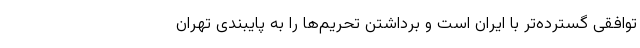
توافقی گسترده‌تر با ایران است و برداشتن تحریم‌ها را به پایبندی تهران